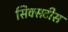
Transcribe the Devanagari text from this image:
सिक्सटीस